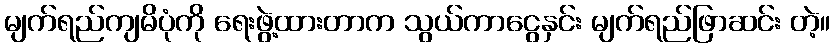
မျက်ရည်ကျမိပုံကို ရေးဖွဲ့ထားတာက သွယ်ကာငွေနှင်း မျက်ရည်ဖြာဆင်း တဲ့။